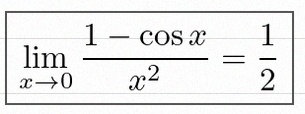
\lim_{x\to0}\frac{1-\cos x}{x^2}=\frac12